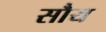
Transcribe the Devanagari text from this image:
सौय